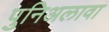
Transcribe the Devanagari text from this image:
पुनिअलावा